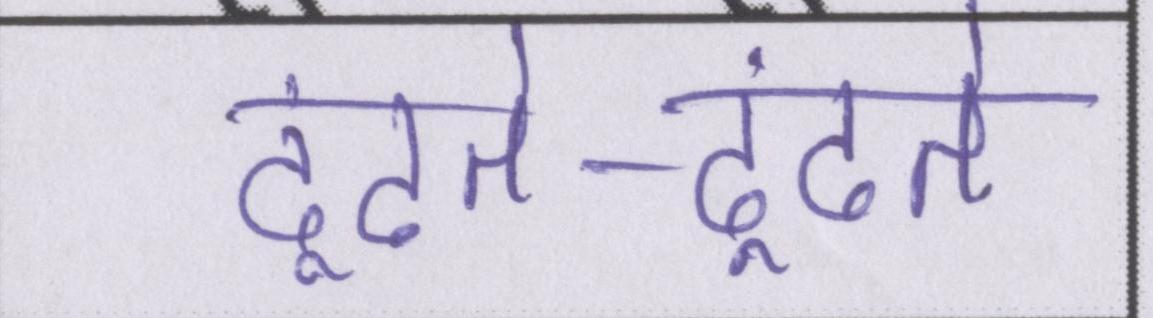
ढूंढते-ढूंढते